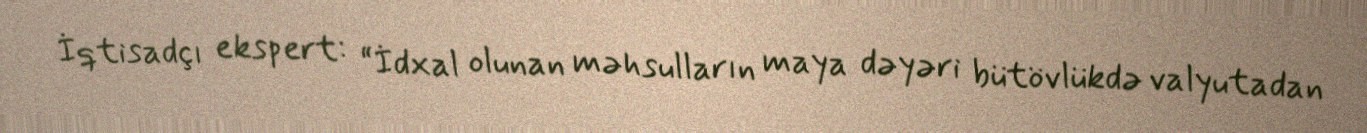
İqtisadçı ekspert: “İdxal olunan məhsulların maya dəyəri bütövlükdə valyutadan